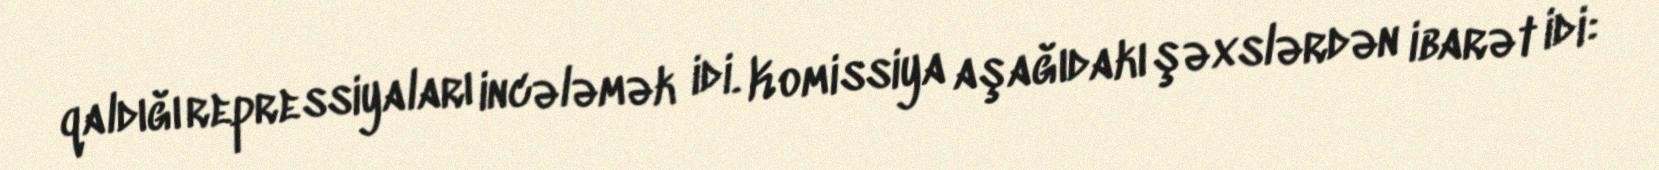
qaldığı repressiyaları incələmək idi. Komissiya aşağıdakı şəxslərdən ibarət idi: